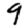
Digit: 9